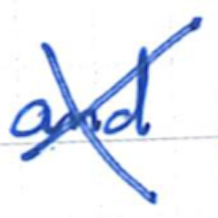
Text: and
Cross-out: cross
Writing tool: ballpoint